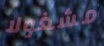
مشغولا